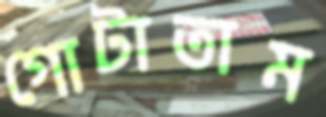
গোটাতাম